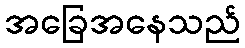
အခြေအနေသည်